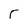
Character: r